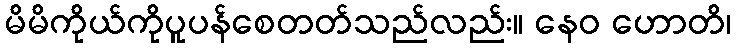
မိမိကိုယ်ကိုပူပန်စေတတ်သည်လည်း။ နေဝ ဟောတိ၊